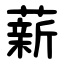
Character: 薪